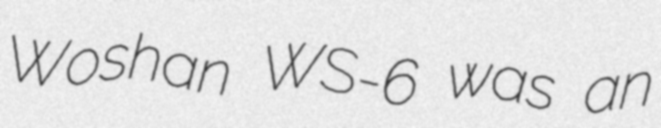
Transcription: Woshan WS-6 was an